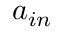
a _ { i n }